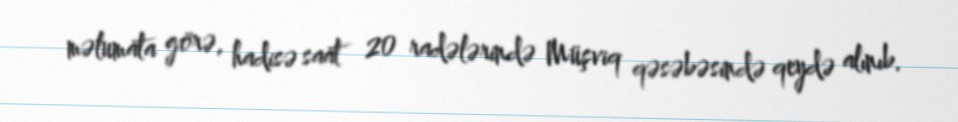
məlumata görə, hadisə saat 20 radələrində Müşviq qəsəbəsində qeydə alınıb.